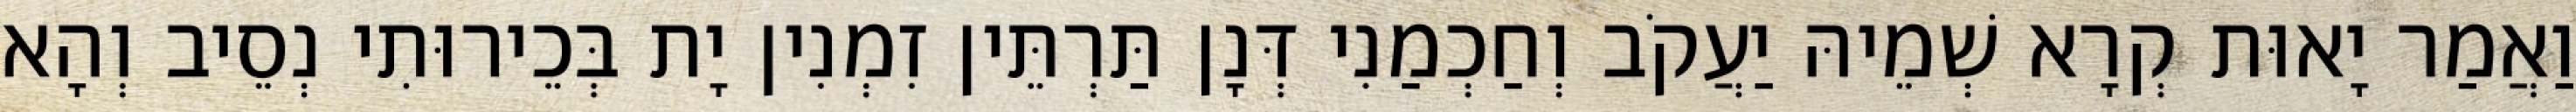
וַאֲמַר יָאוּת קְרָא שְׁמֵיהּ יַעֲקֹב וְחַכְמַנִי דְּנָן תַּרְתֵּין זִמְנִין יָת בְּכֵירוּתִי נְסֵיב וְהָא